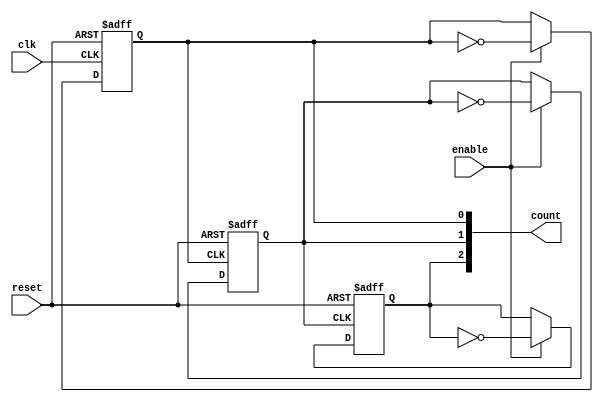
module async_ripple_counter (
    input wire clk,        // Clock signal
    input wire reset,      // Asynchronous reset signal
    input wire enable,     // Enable signal
    output reg [2:0] count // 3-bit counter output
);

    // Flip-Flop 0 (LSB)
    always @(posedge clk or posedge reset) begin
        if (reset) begin
            count[0] <= 1'b0; // Reset LSB to 0
        end else if (enable) begin
            count[0] <= ~count[0]; // Toggle LSB
        end
    end

    // Flip-Flop 1
    always @(posedge count[0] or posedge reset) begin
        if (reset) begin
            count[1] <= 1'b0; // Reset second bit to 0
        end else if (enable) begin
            count[1] <= ~count[1]; // Toggle second bit
        end
    end

    // Flip-Flop 2 (MSB)
    always @(posedge count[1] or posedge reset) begin
        if (reset) begin
            count[2] <= 1'b0; // Reset MSB to 0
        end else if (enable) begin
            count[2] <= ~count[2]; // Toggle MSB
        end
    end

endmodule